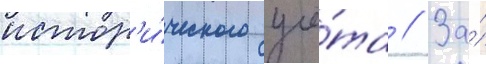
истор'и́ческого учё́та // За́